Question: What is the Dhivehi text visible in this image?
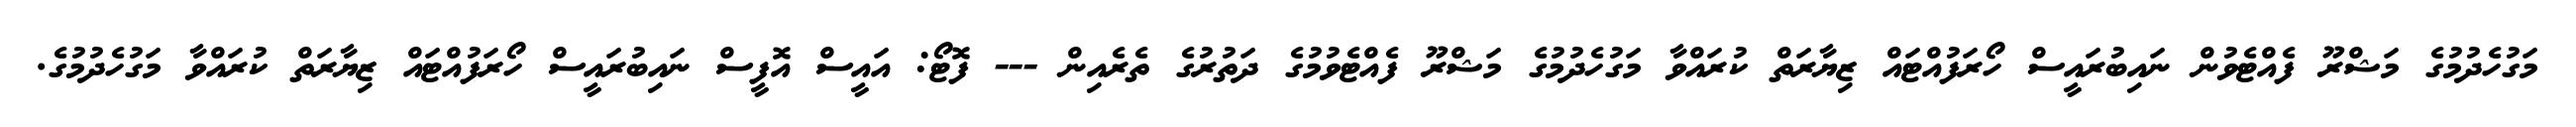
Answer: މަގުހެދުމުގެ މަޝްރޫ ފެއްޓެވުން ނައިބުރައީސް ހޯރަފުއްޓައް ޒިޔާރަތް ކުރައްވާ މަގުހެދުމުގެ މަޝްރޫ ފެއްޓެވުމުގެ ދަތުރުގެ ތެރެއިން --- ފޮޓޯ: އައީސް އޮފީސް ނައިބުރައީސް ހޯރަފުއްޓައް ޒިޔާރަތް ކުރައްވާ މަގުހެދުމުގެ.